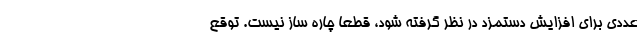
عددی برای افزایش دستمزد در نظر گرفته شود، قطعا چاره ساز نیست. توقع